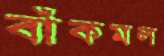
বাঁকমল